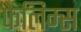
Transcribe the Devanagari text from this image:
फेलिम्स